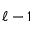
\ell - 1